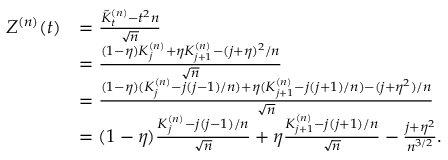
\begin{array} { r l } { Z ^ { ( n ) } ( t ) } & { = \frac { \tilde { K } _ { t } ^ { ( n ) } - t ^ { 2 } n } { \sqrt { n } } } \\ & { = \frac { ( 1 - \eta ) K _ { j } ^ { ( n ) } + \eta K _ { j + 1 } ^ { ( n ) } - ( j + \eta ) ^ { 2 } / n } { \sqrt { n } } } \\ & { = \frac { ( 1 - \eta ) ( K _ { j } ^ { ( n ) } - j ( j - 1 ) / n ) + \eta ( K _ { j + 1 } ^ { ( n ) } - j ( j + 1 ) / n ) - ( j + \eta ^ { 2 } ) / n } { \sqrt { n } } } \\ & { = ( 1 - \eta ) \frac { K _ { j } ^ { ( n ) } - j ( j - 1 ) / n } { \sqrt { n } } + \eta \frac { K _ { j + 1 } ^ { ( n ) } - j ( j + 1 ) / n } { \sqrt { n } } - \frac { j + \eta ^ { 2 } } { n ^ { 3 / 2 } } . } \end{array}